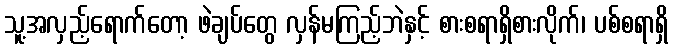
သူ့အလှည့်ရောက်တော့ ဖဲချပ်တွေ လှန်မကြည့်ဘဲနှင့် စားစရာရှိစားလိုက်၊ ပစ်စရာရှိ